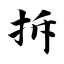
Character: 拆